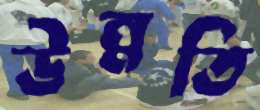
উন্নতি